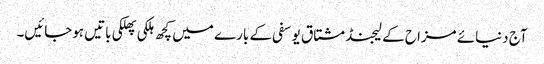
آج دنیائے مزاح کے لیجنڈ مشتاق یوسفی کے بارے میں کچھ ہلکی پھلکی باتیں ہوجائیں۔